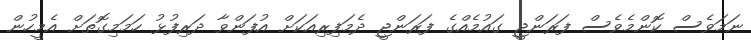
ނަމަވެސް ކޮންމެވެސް ފަރަންޖީ ގައުމެއްގެ ފަރަންޖީ ދެމަފިރިއަކަށް އުފަންވާ ދަރިފުޅު ހަމަމިގޮތަށް އެމީހުން